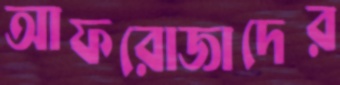
আফরোজাদের